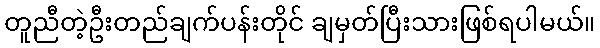
တူညီတဲ့ဦးတည်ချက်ပန်းတိုင် ချမှတ်ပြီးသားဖြစ်ရပါမယ်။